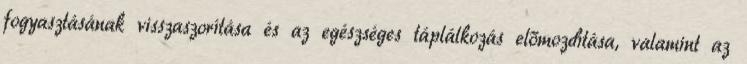
fogyasztásának visszaszorítása és az egészséges táplálkozás előmozdítása, valamint az